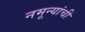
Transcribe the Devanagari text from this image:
नमून्यांची